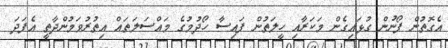
އެގޮތުން ފޯނުން ގުޅައިގެން މަކަރާއި ހީލަތުން ފައިސާ ހޯދުމުގެ މައްސަލަތައް އިތުރުވަމުންދާތީ އެފަދަ